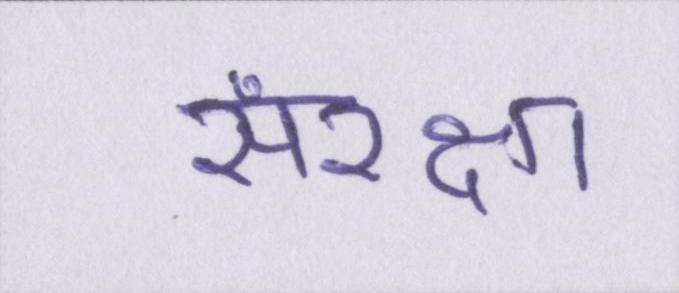
संरक्षा